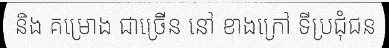
និង គម្រោង ជាច្រើន នៅ ខាងក្រៅ ទីប្រជុំជន